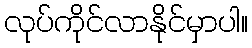
လုပ်ကိုင်လာနိုင်မှာပါ။